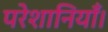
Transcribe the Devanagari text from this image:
परेशानियाँ।